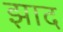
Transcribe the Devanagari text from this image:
झाद